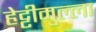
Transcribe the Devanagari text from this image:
हेट्टीमुल्ला